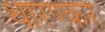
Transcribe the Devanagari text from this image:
धारण्कर